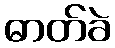
ဓာတ်ခဲ